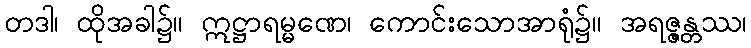
တဒါ၊ ထိုအခါ၌။ ဣဋ္ဌာရမ္မဏေ၊ ကောင်းသောအာရုံ၌။ အရဇ္ဇန္တဿ၊